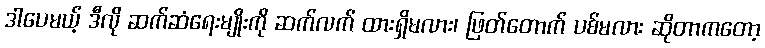
ဒါပေမယ့် ဒီလို ဆက်ဆံရေးမျိုးကို ဆက်လက် ထားရှိမလား၊ ဖြတ်တောက် ပစ်မလား ဆိုတာကတော့